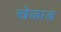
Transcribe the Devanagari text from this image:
खेळाड